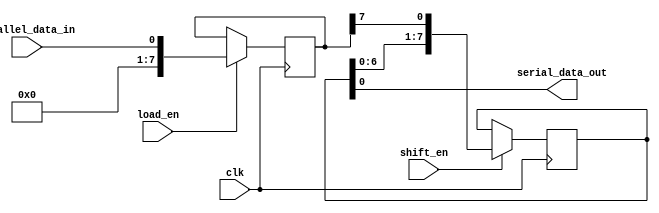
module parallel_in_serial_out_register(
  input wire clk,
  input wire parallel_data_in,
  input wire load_en,
  input wire shift_en,
  output reg serial_data_out
);

reg [7:0] data_reg;
reg [7:0] shift_reg;

always @(posedge clk) begin
  if(load_en) begin
    data_reg <= parallel_data_in;
  end
  
  if(shift_en) begin
    shift_reg <= {shift_reg[6:0], data_reg[7]};
  end
end

assign serial_data_out = shift_reg[0];

endmodule